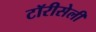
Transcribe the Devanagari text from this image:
टॉरीसेली